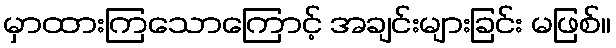
မှာထားကြသောကြောင့် အချင်းများခြင်း မဖြစ်။